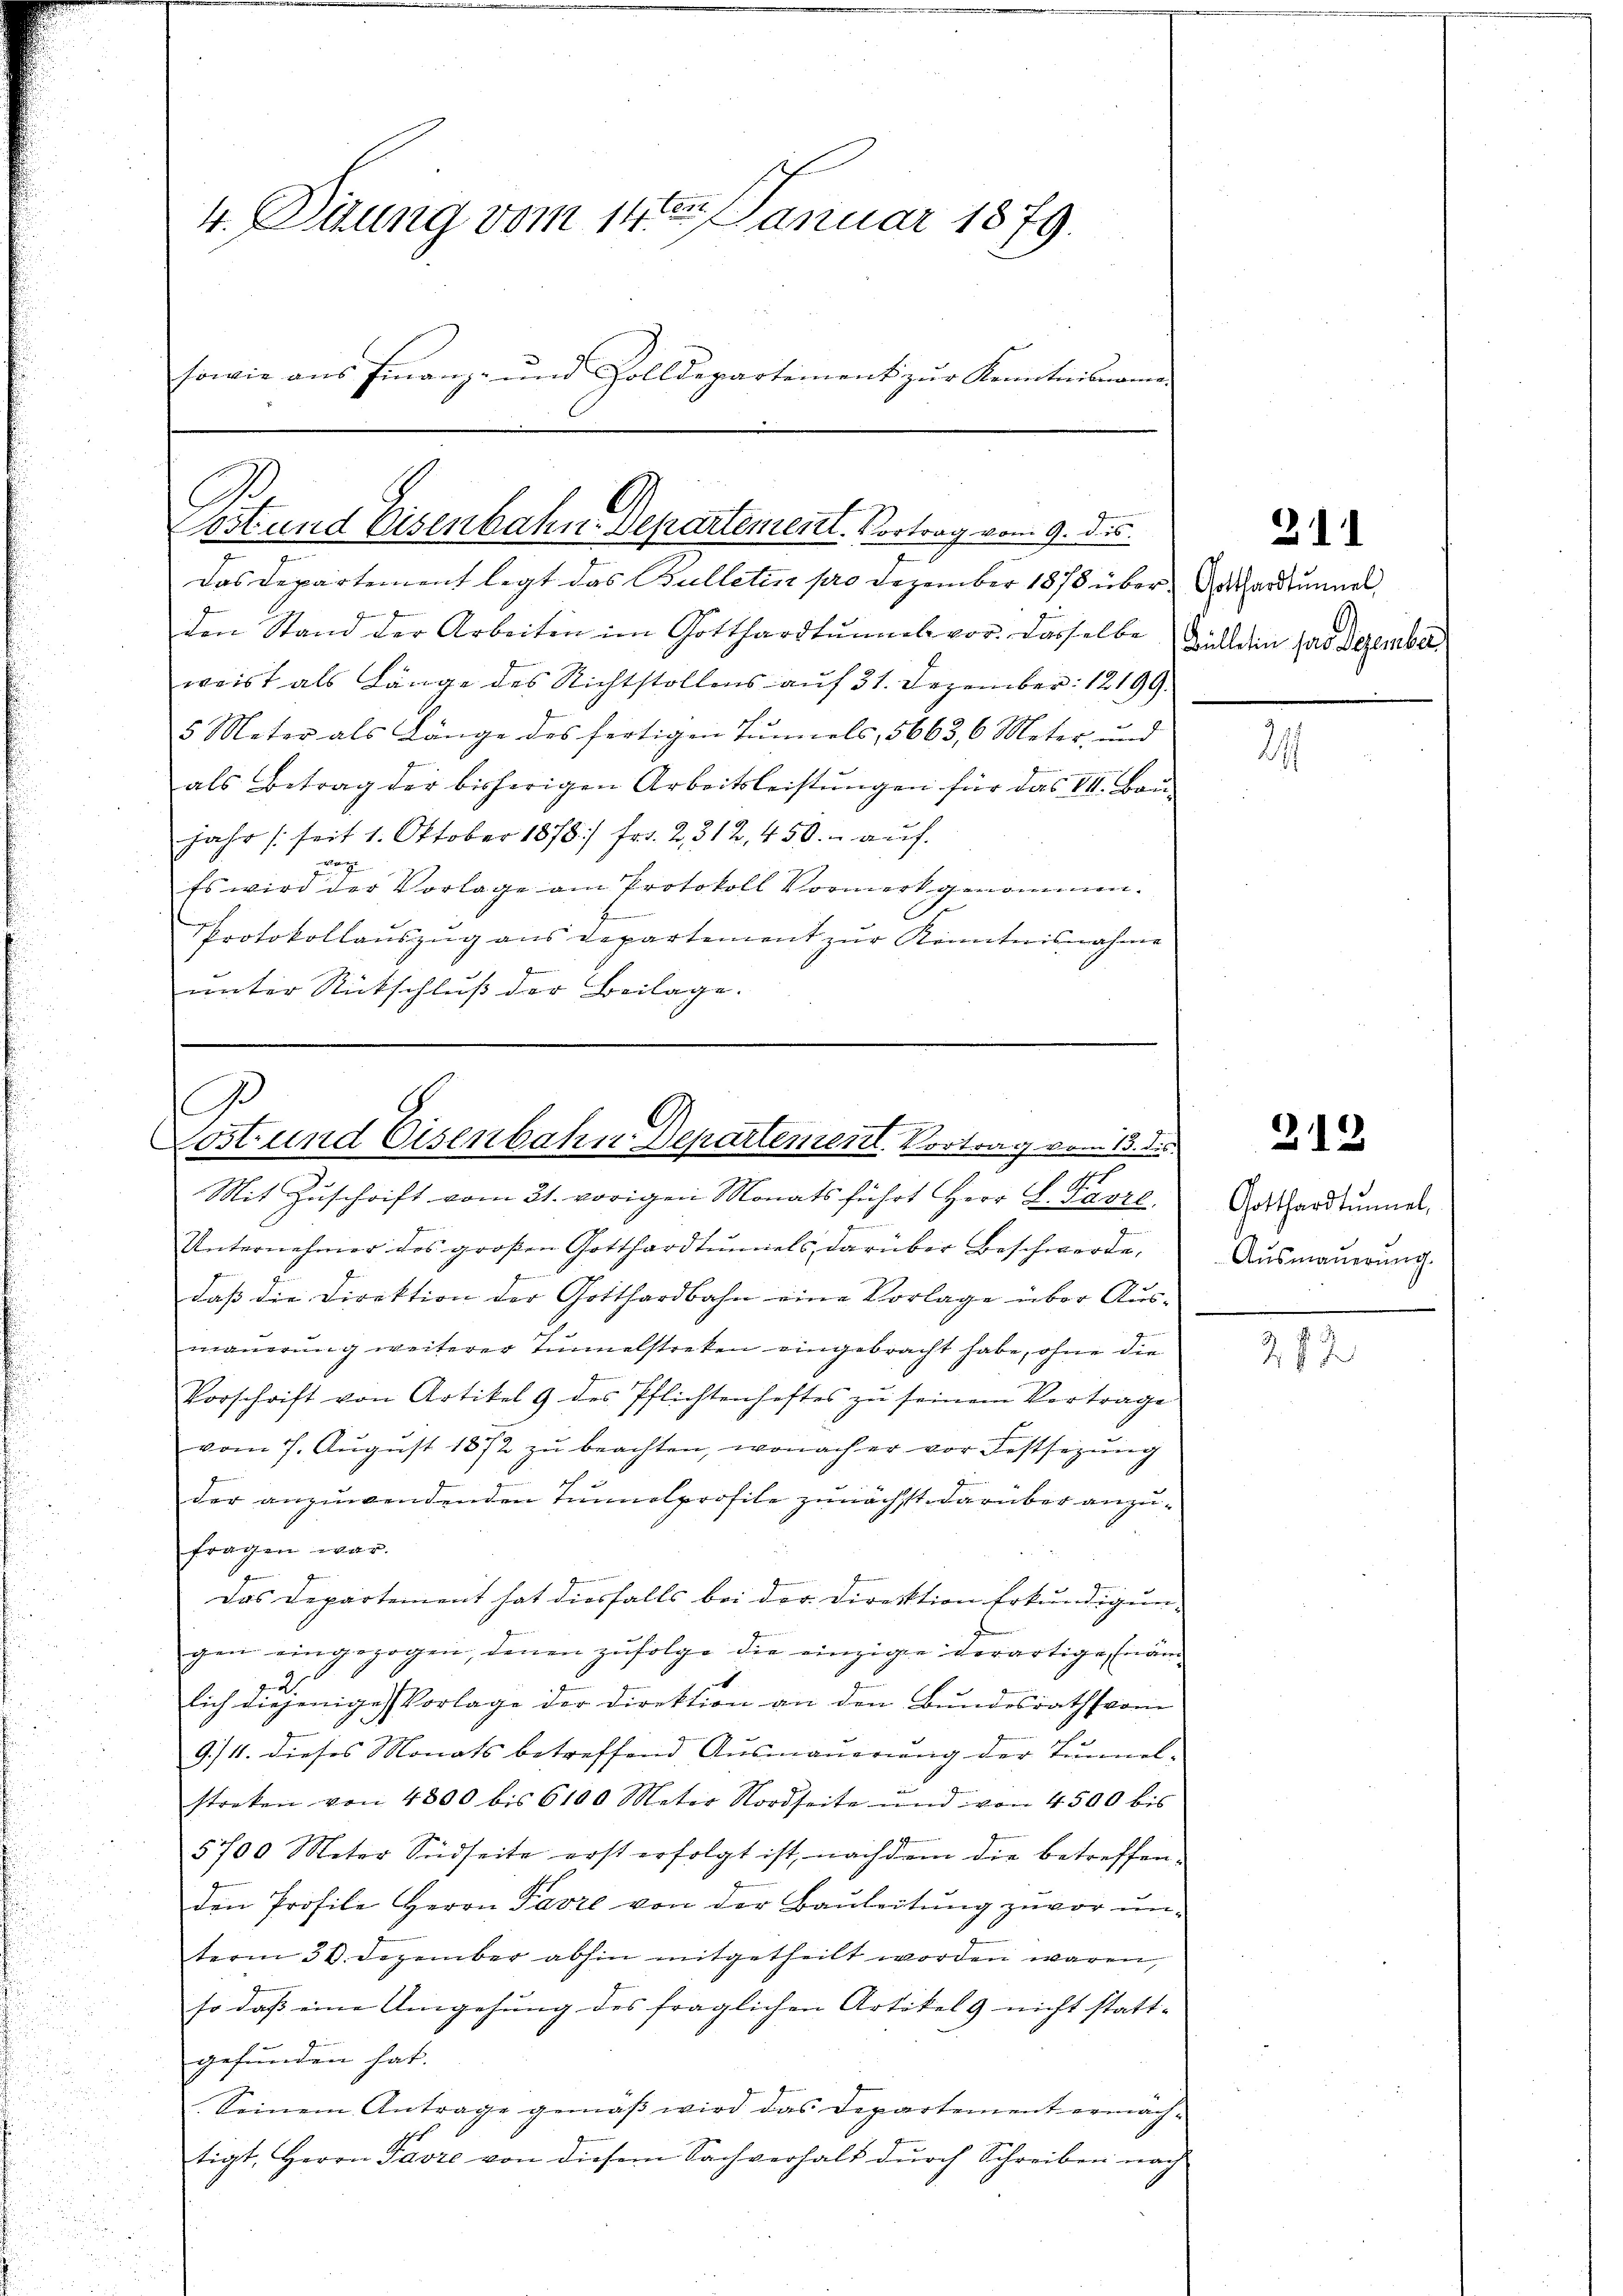
4. Diung vom 14ten Januar 1879.
sowie ans Finanz- und Zolldepartement zŭr Kenntnisname

Das Departement legt das Bulletin pro Dezember 1878 über erstummel,
den Stand der Arbeiten im Gotthardtunnel vor. Dasselbe Fällen hat Dezember
waist als Länge des Nichtstollens auf 31. Dezember 12199.
5 Meter als Länge des fertigen Tunnels, 5663, 6 Meter, und
als Betrag der bisherigen Arbeitsleistungen für das III. Bau¬
Jahr (seit 1. Oktober 1878/ fr. 2, 312, 450. auf.
vorge
Es wird der Vorlage am Protokoll Vormerkgenommen.
2
PProtokollauszug aus Departement zur Kenntnisnahme
unter Rutschluß der Beilage.

Post und Eisenbahn-Departement. Vortrag vom 9. ds.

Unternehmer des großen Gotthardtŭniels darüber Beschwerde.
daß die Direktion der Gotthardbahn eine Vorlage über Aus-
mauerung weiterer Tunnelstreken eingebracht habe, ohne die
Vorschrift von Artikel 9 des Pflichtenheftes zu seinem Vortrage
vom 7. August 1872 zu beachten, wonach er vor Festsezung
der anzuwendenden Tunnelprofile zunächst darüber anzufragen war.
E
Das Departement hat diesfalls bei der Direktion Erkundigungen eingezogen, denen zufolge die einzige derartige Finan¬

lich diejenige Vorlage der Direktion an den Bundesrath vom
e
9./11. dieses Monats betreffend Ausmauerung der Tunnelstreken von 4800 bis 6100 Meter Nordseite und von 4500 bis
5700 Meter Südseite erst erfolgt ist, nachdem die betreffen-
den Profile Herrn Favre von der Baŭleitŭng zuvor un-
term 30. Dezember abhin mitgetheilt worden waren,
so daß eine Umgehung des fraglichen Artikel 9 nicht statt-
gefunden hat.
Seinem Antrage gemäß wird das Departement ermächtigt, Herrn Pavre von diesem Sachverhalt durch Schreiben nach

G
Lost und Eisenbahn Departement. Vortrag vom 13. ds.
12
Mit Zuschrift vom 31. vorigen Monatsführt Herr G. Savre,

2

21

312

Gotthardtŭmel,
Ausmauerung.

27 J